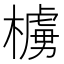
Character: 㯭